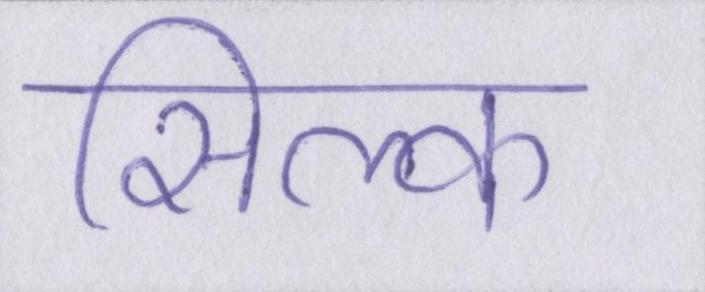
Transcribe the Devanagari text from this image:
सिल्क